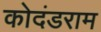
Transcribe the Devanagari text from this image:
कोदंडराम